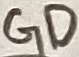
Text: GD